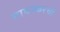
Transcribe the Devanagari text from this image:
गावस्करची